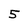
Character: 5